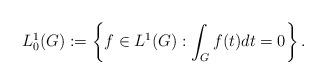
LaTeX: \begin{align*}L^1_0(G):= \left\{f\in L^1(G): \int_G f(t)dt =0\right\}. \end{align*}